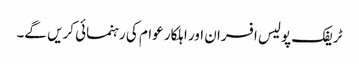
ٹریفک پولیس افسران اور اہلکار عوام کی رہنمائی کریں گے۔